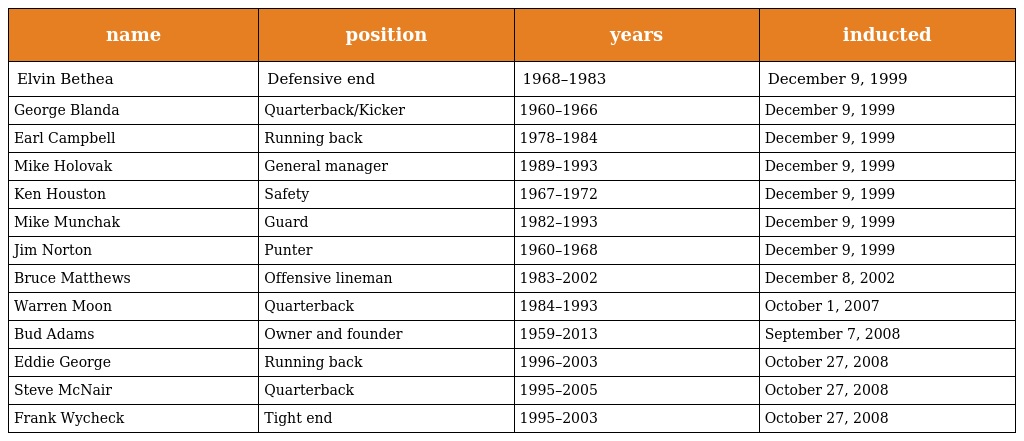
| name | position | years | inducted |
 | --- | --- | --- | --- |
 | Elvin Bethea | Defensive end | 1968–1983 | December 9, 1999 |
 | George Blanda | Quarterback/Kicker | 1960–1966 | December 9, 1999 |
 | Earl Campbell | Running back | 1978–1984 | December 9, 1999 |
 | Mike Holovak | General manager | 1989–1993 | December 9, 1999 |
 | Ken Houston | Safety | 1967–1972 | December 9, 1999 |
 | Mike Munchak | Guard | 1982–1993 | December 9, 1999 |
 | Jim Norton | Punter | 1960–1968 | December 9, 1999 |
 | Bruce Matthews | Offensive lineman | 1983–2002 | December 8, 2002 |
 | Warren Moon | Quarterback | 1984–1993 | October 1, 2007 |
 | Bud Adams | Owner and founder | 1959–2013 | September 7, 2008 |
 | Eddie George | Running back | 1996–2003 | October 27, 2008 |
 | Steve McNair | Quarterback | 1995–2005 | October 27, 2008 |
 | Frank Wycheck | Tight end | 1995–2003 | October 27, 2008 |